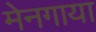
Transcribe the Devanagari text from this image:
मेनगाया